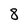
Character: 8